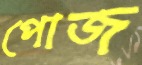
পোজ